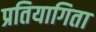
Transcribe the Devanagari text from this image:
प्रतियागिता